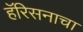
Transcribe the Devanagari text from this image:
हॅरिसनाचा